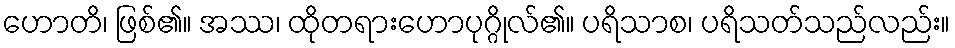
ဟောတိ၊ ဖြစ်၏။ အဿ၊ ထိုတရားဟောပုဂ္ဂိုလ်၏။ ပရိသာစ၊ ပရိသတ်သည်လည်း။